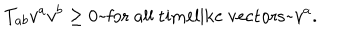
LaTeX: T _ { a b } v ^ { a } v ^ { b } \geq 0 \mathrm { ~ f o r ~ a l l ~ t i m e l i k e ~ v e c t o r s ~ } v ^ { a } .